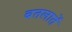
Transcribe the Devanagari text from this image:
बतलातें